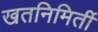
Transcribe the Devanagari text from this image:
खतनिमिर्ती